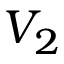
V _ { 2 }